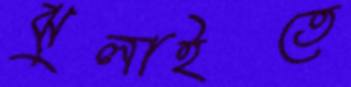
ঝুলাইতে